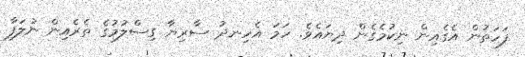
ފަހަތުން އެގެއިން ނިކުމެގެން ދިޔައެވެ. ހަމަ އެހިނދު ސާރިޔާ ގިސްލުމުގެ ތެރެއިން ނުލަފާ